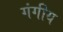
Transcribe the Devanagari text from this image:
गंगीय